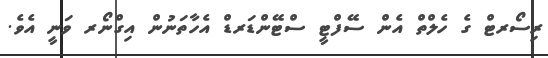
ރިސޯރޓް ގެ ހެލްތް އެން ސޭފްޓީ ސްޓޭންޑަރޑް އެހާތަނުން އިގްނޯރ ވަނީ އެވެ.